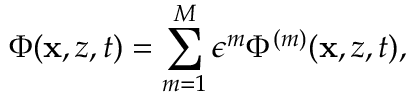
\Phi ( \mathbf { x } , z , t ) = \sum _ { m = 1 } ^ { M } \epsilon ^ { m } \Phi ^ { ( m ) } ( \mathbf { x } , z , t ) ,